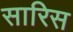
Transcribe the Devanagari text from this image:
सारिस